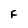
Character: F